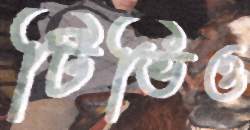
টিভিও